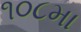
૧૦૮મા